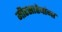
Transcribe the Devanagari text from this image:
मीरसाहेबांना